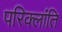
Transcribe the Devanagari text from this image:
परिक्लांति